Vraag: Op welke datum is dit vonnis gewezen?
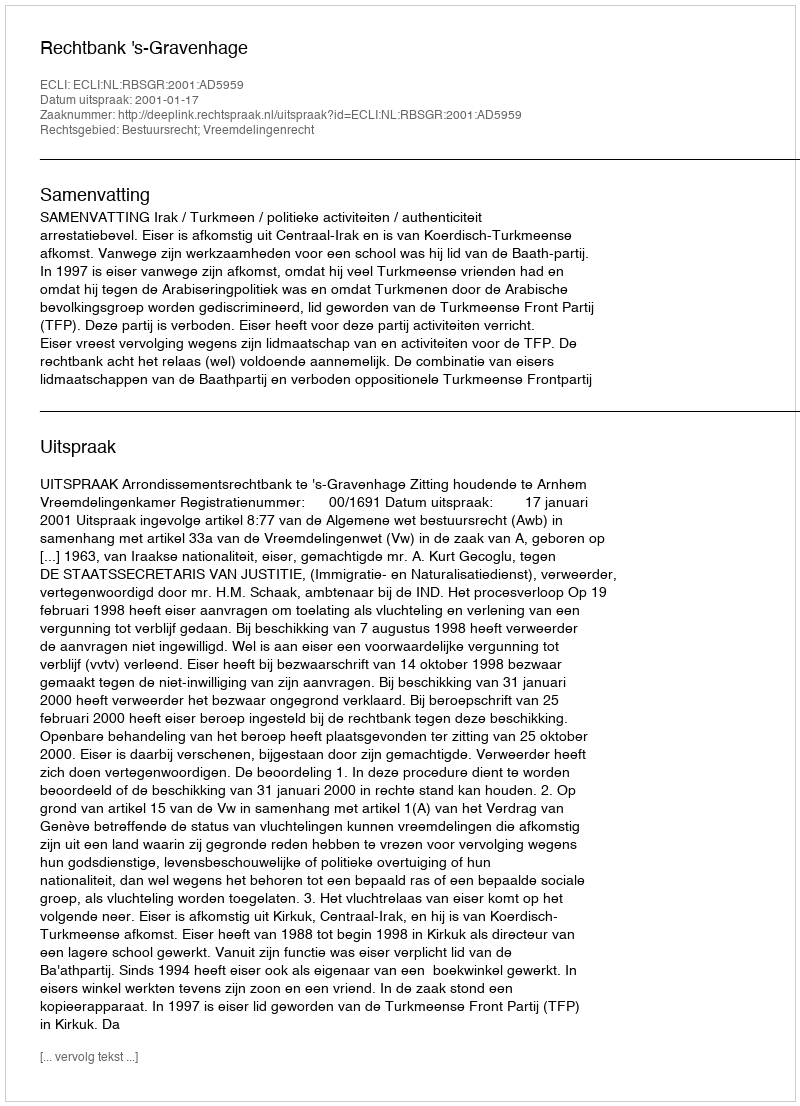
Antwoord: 2001-01-17